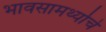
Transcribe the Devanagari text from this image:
भावसामर्थ्याचे